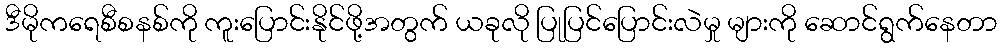
ဒီမိုကရေစီစနစ်ကို ကူးပြောင်းနိုင်ဖို့အတွက် ယခုလို ပြုပြင်ပြောင်းလဲမှု များကို ဆောင်ရွက်နေတာ